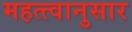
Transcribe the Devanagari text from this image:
महत्त्वानुसार